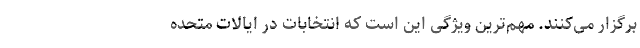
برگزار می‌کنند. مهم‌ترین ویژگی این است که انتخابات در ایالات متحده